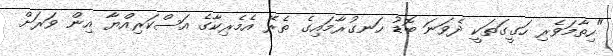
"ހިތާމަވެރި ހަގީގަތަކީ ދެވަނަ ބޮޑު ހަނގުރާމައިގެ ތެރޭ އެމެރިކާގެ އަސްކަރިއްޔާ އިން ވަރަށް